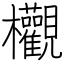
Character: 欟